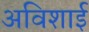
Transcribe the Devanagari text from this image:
अविशाई